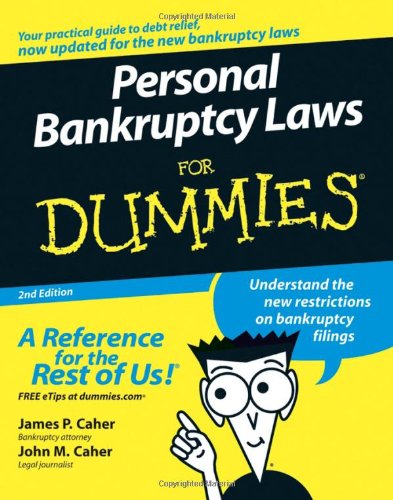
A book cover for Personal Bankruptcy Laws For Dummies; James P. Caher; Law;